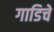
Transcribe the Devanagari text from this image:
गाडिचे